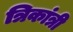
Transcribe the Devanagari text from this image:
त्रिकांत्री